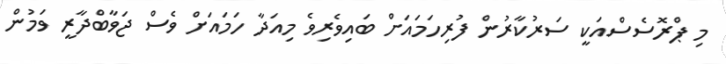
މި ޕްރޮސެސްއަކީ ސަރުކާރުން ފުރިހަމައަށް ބައިވެރިވެ މިއަދާ ހަމައަށް ވެސް ޖަވާބްދާރީ ވަމުން